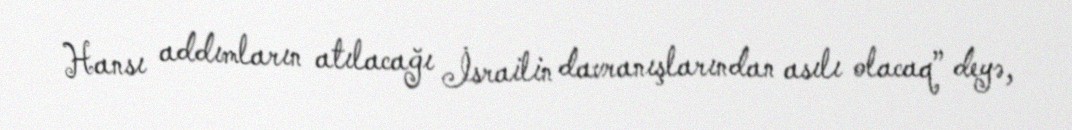
Hansı addımların atılacağı İsrailin davranışlarından asılı olacaq” deyə,